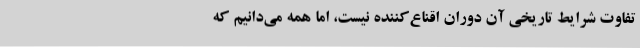
تفاوت شرایط تاریخی آن دوران اقناع‌کننده نیست، اما همه می‌دانیم که